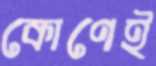
কোণেই